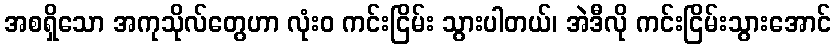
အစရှိသော အကုသိုလ်တွေဟာ လုံးဝ ကင်းငြိမ်း သွားပါတယ်၊ အဲဒီလို ကင်းငြိမ်းသွားအောင်